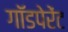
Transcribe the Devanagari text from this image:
गॉडपेरेंट